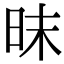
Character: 昩